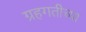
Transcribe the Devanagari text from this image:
ग्रहगतीच्या